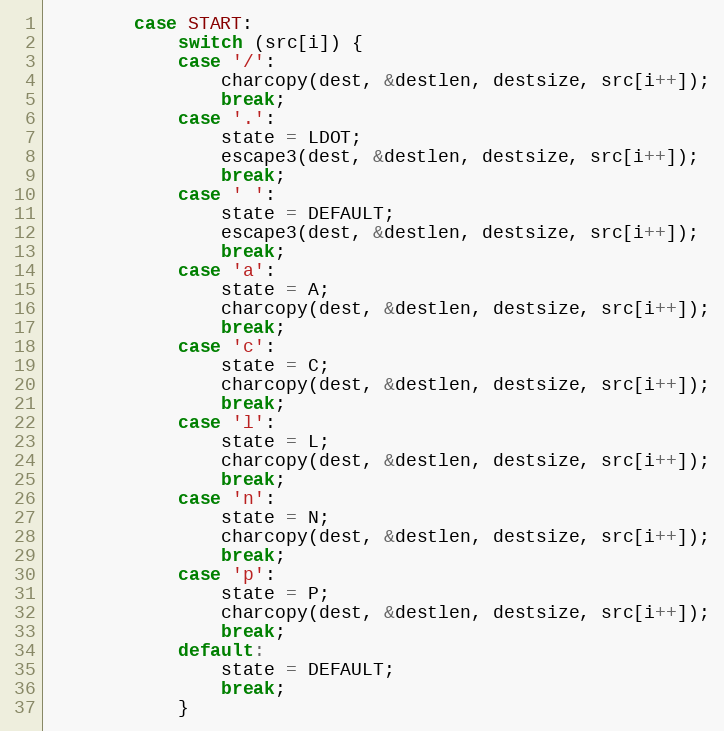
Language: C
		case START:
			switch (src[i]) {
			case '/':
				charcopy(dest, &destlen, destsize, src[i++]);
				break;
			case '.':
				state = LDOT;
				escape3(dest, &destlen, destsize, src[i++]);
				break;
			case ' ':
				state = DEFAULT;
				escape3(dest, &destlen, destsize, src[i++]);
				break;
			case 'a':
				state = A;
				charcopy(dest, &destlen, destsize, src[i++]);
				break;
			case 'c':
				state = C;
				charcopy(dest, &destlen, destsize, src[i++]);
				break;
			case 'l':
				state = L;
				charcopy(dest, &destlen, destsize, src[i++]);
				break;
			case 'n':
				state = N;
				charcopy(dest, &destlen, destsize, src[i++]);
				break;
			case 'p':
				state = P;
				charcopy(dest, &destlen, destsize, src[i++]);
				break;
			default:
				state = DEFAULT;
				break;
			}